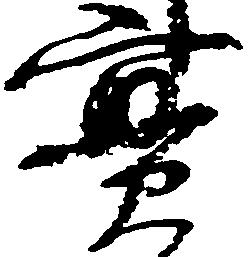
実